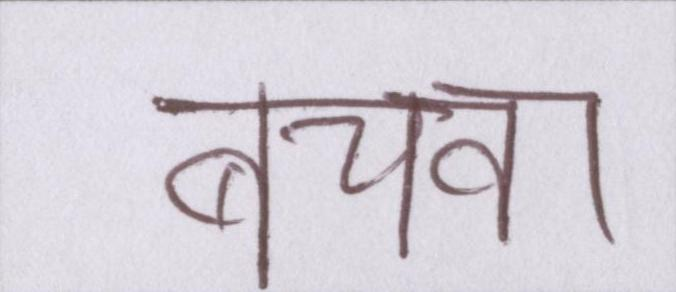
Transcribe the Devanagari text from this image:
बचवा